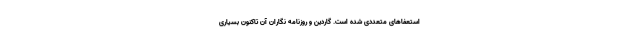
استعفاهای متعددی شده است. گاردین و روزنامه نگاران آن تاکنون بسیاری